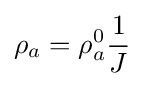
\rho _{a}=\rho _{a}^{0}{\frac {1}{J}}